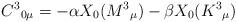
LaTeX: \begin{align*}C^{3}{}_{0\mu } = -\alpha X_{0}(M^{3}{}_{\mu })-\beta X_{0}(K^{3}{}_{\mu})\end{align*}